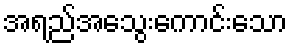
အရည်အသွေးကောင်းသော